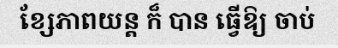
ខ្សែភាពយន្ត ក៏ បាន ធ្វើឱ្យ ចាប់